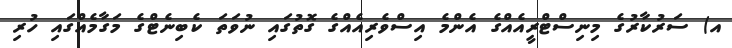
އ) ސަރުކާރުގެ މިނިސްޓްރީއެއްގެ އެންމެ އިސްވެރިއެއްގެ ގޮތުގައި ނުވަތަ ކެބިނެޓްގެ މަގާމެއްގައި ހުރި